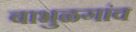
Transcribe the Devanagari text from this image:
बाभुळगांव